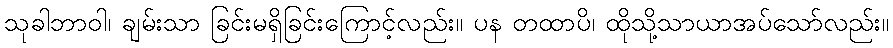
သုခါဘာဝါ၊ ချမ်းသာ ခြင်းမရှိခြင်းကြောင့်လည်း။ ပန တထာပိ၊ ထိုသို့သာယာအပ်သော်လည်း။